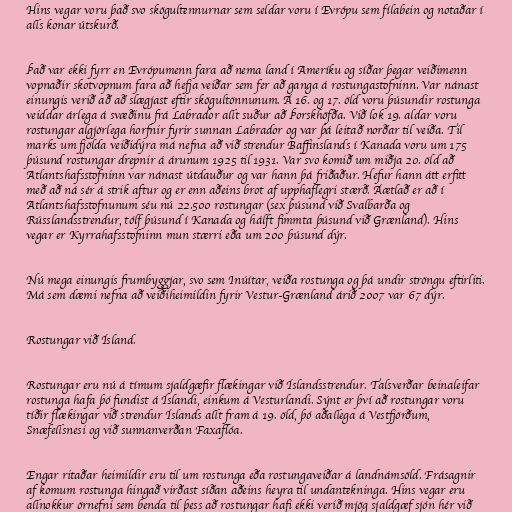
Hins vegar voru það svo skögultennurnar sem seldar voru í Evrópu sem fílabein og notaðar í
alls konar útskurð.

Það var ekki fyrr en Evrópumenn fara að nema land í Ameríku og síðar þegar veiðimenn
vopnaðir skotvopnum fara að hefja veiðar sem fer að ganga á rostungastofninn. Var nánast
einungis verið að að slægjast eftir skögultönnunum. Á 16. og 17. öld voru þúsundir rostunga
veiddar árlega á svæðinu frá Labrador allt suður að Þorskhöfða. Við lok 19. aldar voru
rostungar algjörlega horfnir fyrir sunnan Labrador og var þá leitað norðar til veiða. Til
marks um fjölda veiðidýra má nefna að við strendur Baffinslands í Kanada voru um 175
þúsund rostungar drepnir á árunum 1925 til 1931. Var svo komið um miðja 20. öld að
Atlantshafsstofninn var nánast útdauður og var hann þá friðaður. Hefur hann átt erfitt
með að ná sér á strik aftur og er enn aðeins brot af upphaflegri stærð. Áætlað er að í
Atlantshafsstofnunum séu nú 22.500 rostungar (sex þúsund við Svalbarða og
Rússlandsstrendur, tólf þúsund í Kanada og hálft fimmta þúsund við Grænland). Hins
vegar er Kyrrahafsstofninn mun stærri eða um 200 þúsund dýr.

Nú mega einungis frumbyggjar, svo sem Inúítar, veiða rostunga og þá undir ströngu eftirliti.
Má sem dæmi nefna að veiðiheimildin fyrir Vestur-Grænland árið 2007 var 67 dýr.

Rostungar við Ísland.

Rostungar eru nú á tímum sjaldgæfir flækingar við Íslandsstrendur. Talsverðar beinaleifar
rostunga hafa þó fundist á Íslandi, einkum á Vesturlandi. Sýnt er því að rostungar voru
tíðir flækingar við strendur Íslands allt fram á 19. öld, þó aðallega á Vestfjörðum,
Snæfellsnesi og við sunnanverðan Faxaflóa.

Engar ritaðar heimildir eru til um rostunga eða rostungaveiðar á landnámsöld. Frásagnir
af komum rostunga hingað virðast síðan aðeins heyra til undantekninga. Hins vegar eru
allnokkur örnefni sem benda til þess að rostungar hafi ekki verið mjög sjaldgæf sjón hér við